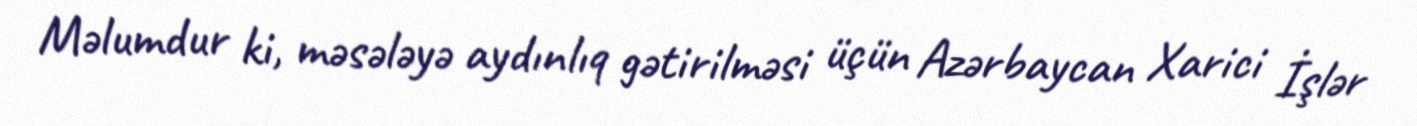
Məlumdur ki, məsələyə aydınlıq gətirilməsi üçün Azərbaycan Xarici İşlər